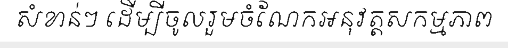
សំខាន់ៗ ដើម្បីចូលរួមចំណែកអនុវត្តសកម្មភាព